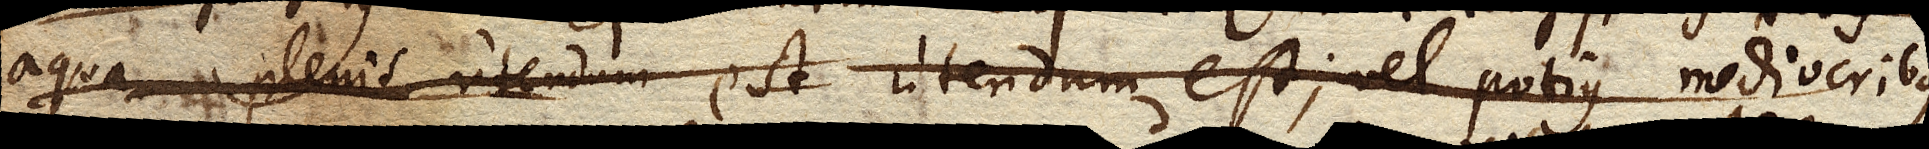
aqua plenis utendum est antliis utendum est, vel potius mediocribus